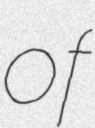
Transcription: of